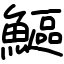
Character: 鰸